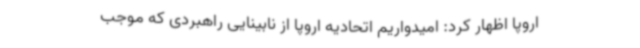
اروپا اظهار کرد: امیدواریم اتحادیه اروپا از نابینایی راهبردی که موجب